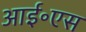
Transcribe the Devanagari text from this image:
आई॰एस